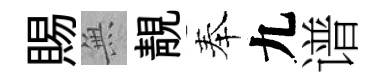
賜𭴾靚奉九谱